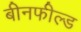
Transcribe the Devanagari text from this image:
बीनफील्ड